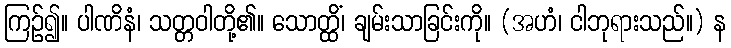
ကြဉ်၍။ ပါဏိနံ၊ သတ္တဝါတို့၏။ သောတ္ထိံ၊ ချမ်းသာခြင်းကို။ (အဟံ၊ ငါဘုရားသည်။) န